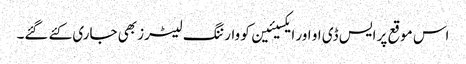
اس موقع پر ایس ڈی او اور ایکسیئین کو وارننگ لیٹرز بھی جاری کئے گئے۔